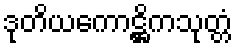
ဒုတိယကောဋ္ဌိကသုတ္တံ